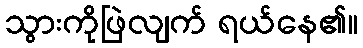
သွားကိုဖြဲလျက် ရယ်နေ၏။